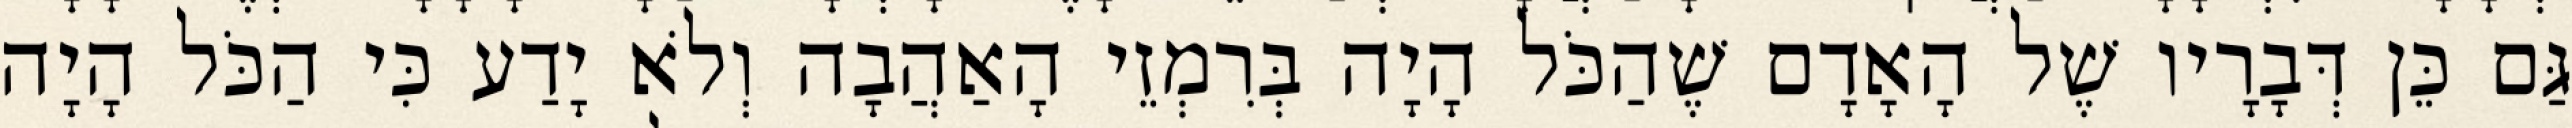
גַּם כֵּן דְּבָרָיו שֶׁל הָאָדָם שֶׁהַכֹּל הָיָה בְּרִמְזֵי הָאַהֲבָה וְלֹא יָדַע כִּי הַכֹּל הָיָה